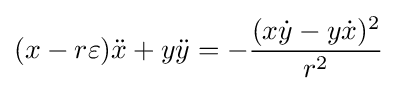
(x-r\varepsilon ){\ddot {x}}+y{\ddot {y}}=-{\frac {(x{\dot {y}}-y{\dot {x}})^{2}}{r^{2}}}